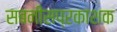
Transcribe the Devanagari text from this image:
सबनीसप्रकाशक